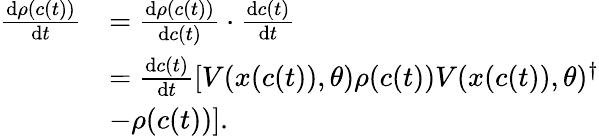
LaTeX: \begin{array}{rl}{\frac{\textrm{d}\rho(c(t))}{\textrm{d}t}}&{=\frac{\textrm{d}\rho(c(t))}{\textrm{d}c(t)}\cdot\frac{\textrm{d}c(t)}{\textrm{d}t}}\\ &{=\frac{\textrm{d}c(t)}{\textrm{d}t}[V(x(c(t)),\theta)\rho(c(t))V(x(c(t)),\theta)^{\dagger}}\\ &{-\rho(c(t))].}\end{array}